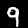
Label: 9